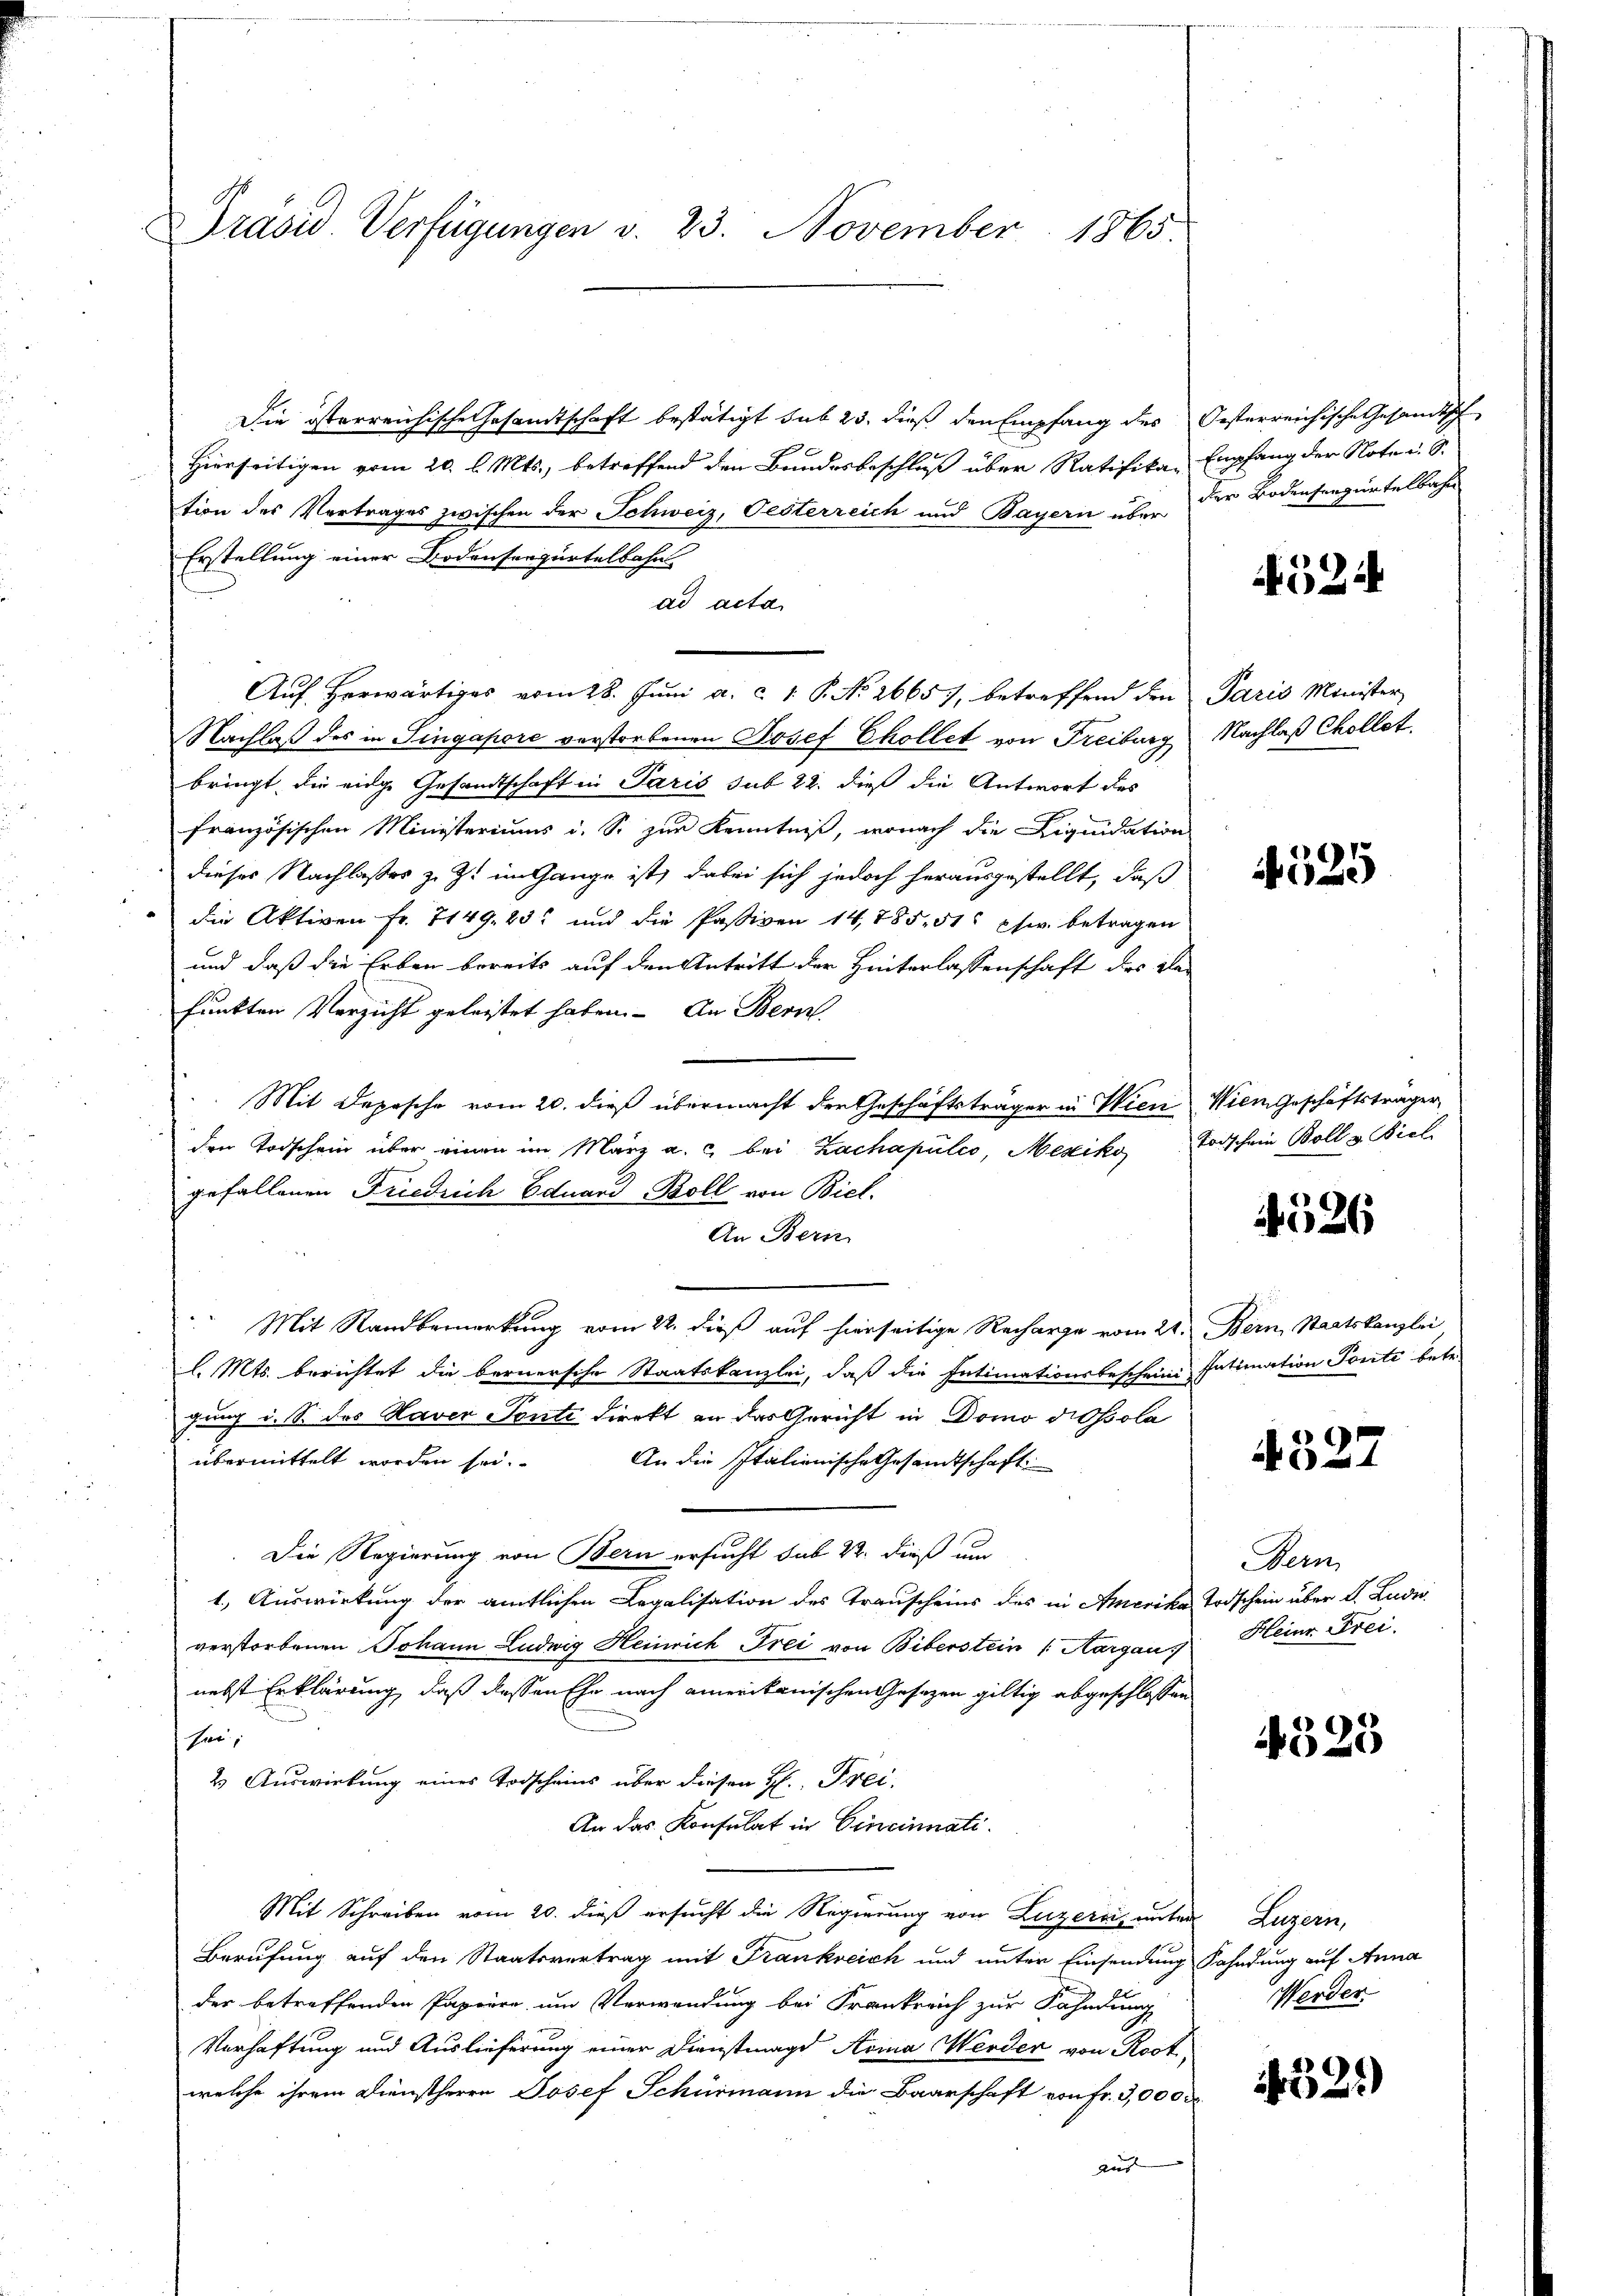
Präsid. Verfügungen v. 23. November 1865.

Die österreichische Gesandtschaft bestätigt sub 23. dieß den Empfang des Oesterreichische Gesandtsch
Hierseitigen vom 20. l. Mts., betreffend den Bundesbeschluß über Ratifika-
tion des Vertrages zwischen der Schweiz, Oesterreich und Bayern über der Bodensengürtelbahn
Erstellung einer Bodenseegürtelbahn
ad acta
Auf herwärtiges vom 28. Jŭni a. c. 1. P. No. 2665), betreffend den Paris Minister
Nachlaß des in Singapore verstorbenen Josef Chollet von Freiburg Nachlaß Chollet.
bringt, die einge Gesandtschaft in Paris sub 22. dieß die Antwort des
französischen Ministeriums i. S. zur Kenntniß, wonach die Liquidation
dieses Nachlasses z. Z. im Gange ist, dabei sich jedoch herausgestellt, daß
die Aktiven Fr. 7149, 23. und die Passiven 14,885. 51 pfw. betragen
und daß die Erben bereits auf den Antritt der Hinterlassenschaft des Ver
funkten Verzicht geleistet haben. An Bern
Mit Depesche vom 20. dieß übermacht der Geschäftsträger in Wien
den Todschein über einen im März a. c. bei Zachapülco, Mexiko Todschein Boll v. Biel
gefallenen Friedrich Eduard Boll von Biel.
An Bern
.
Mit Sandbemerkung vom 22. dieß auf hierseitige Recharge vom 21. Bern, Staatskanzlei
l. Mts. berichtet die bernersche Staatskanzlei, daß die Intimationsbeschein Intimation Ponte betr.
gung i. S. das Haver Sonti dieckt an das Gericht in Domo dissola
übermittelt worden sei.
An die Italienische Gesandtschaft
Die Regierung von Bern ersucht sub 22. dieß um
1.) Auswirkung der amtlichen Legalisation des Transcheins des in Amerika Todschein über d. Ludis
verstorbenen Johann Ludwig Heinrich Frei von Biberstein (Aargau
nebst Erklärung, daß dessen Ehe nach amerikanischen Gesetzen giltig abgeschlossen
Heer,
2. Auswirkung eines Todscheins über diesen H. Frei-
An das Konsulat in Cincinnati¬
Mit Schreiben vom 20. dieß ersucht die Regierung von Luzernis unter Luzern,
Berufung auf den Staatsvertrag mit Frankreich und unter Einsendung Kahndung auf Anna
der betreffenden Papiere, um Verwendung bei Frankreich zur Fahndung
Verhaftung und Auslieferung einer Dienstmagd Aoma Werder von Root,
welche ihrem Dienstherrn Josef Schürmann die Baarschaft von Fr. 3,000
aus

Empfang der Note u. S.

524

4525

Wiem Geschäftsträger

526

4327

Bern
Heinr. Frei

4325

Werder

1321)